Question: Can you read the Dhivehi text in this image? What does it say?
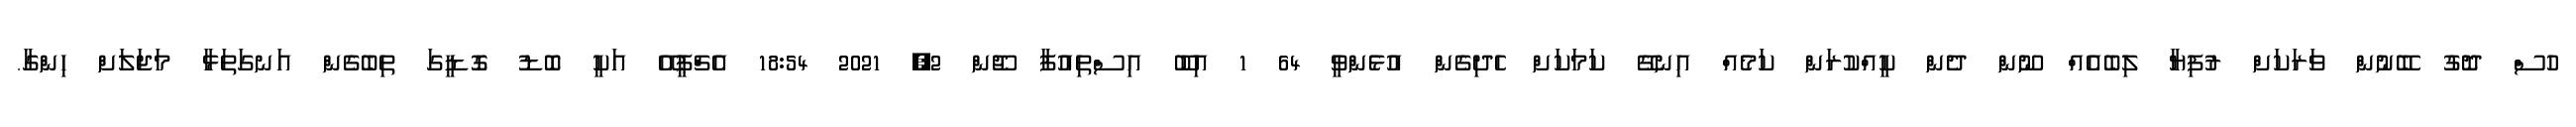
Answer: ހުސް ދޮގު ބޭނުން ވަރަކަށް ރުފިޔާ ލިބެއެއް ނޫން ދެން ކީއްކުރަން ކަމެއް އިނގޭ ކަމަކަށް ހެދިގެން އުޅެންވީ 64 1 އިބޫ އިސްތިއުފާ ޖޫން 2, 2021 18:54 އެޗްޕީއޭ އަކީ ބޮޑު ގޮޑީގަ ތިބެގެން އަނގަތަޅާ މަޖަލަށް ހިންގާ.